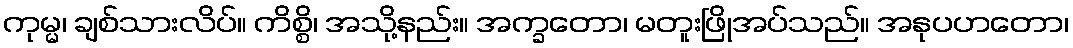
ကုမ္မ၊ ချစ်သားလိပ်။ ကိစ္စိ၊ အသို့နည်း။ အက္ခတော၊ မတူးဖြိုအပ်သည်။ အနုပဟတော၊